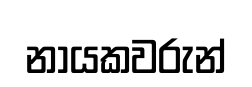
නායකවරුන්